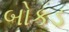
બોકડ